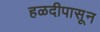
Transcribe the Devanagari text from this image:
हळदीपासून